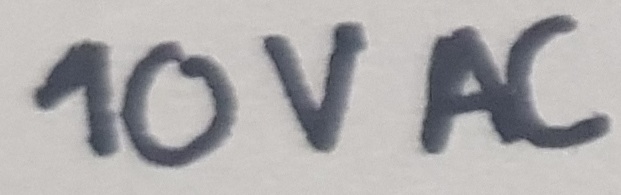
Text: 10V AC